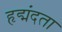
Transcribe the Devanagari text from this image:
हृद्मंदता